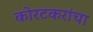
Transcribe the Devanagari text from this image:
कोरटकरांचा